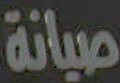
صيانة